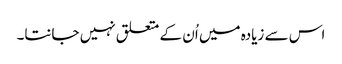
اس سے زیادہ میں اُن کے متعلق نہیں جانتا۔